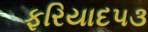
ફરિયાદ૫૩